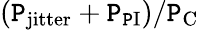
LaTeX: (\mathtt{P}_{\mathrm{{jitter}}}+\mathtt{P}_{\mathrm{{\mathtt{P}I}}})/\mathtt{P}_{\mathrm{{C}}}